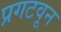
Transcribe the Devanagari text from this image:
प्रगटवून